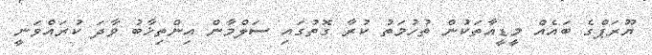
ޔޫރަޕްގެ ބައެއް މީޑީއާތަކުން ތުހުމަތު ކުރާ ގޮތުގައި ސަލްމާން އިންތިޚާބު ވާދަ ކުރައްވަނީ